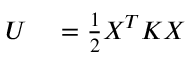
\begin{array} { r l } { U } & { { } = \frac { 1 } { 2 } X ^ { T } K X } \end{array}